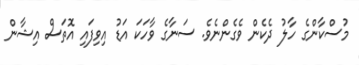
މުސްކާންގެ ހާލު ދެކެން ވެގެންނެވެ. ސަނާގެ ވާހަކަ އަޑު އިވިފައި އޮތަސް އިޝާން